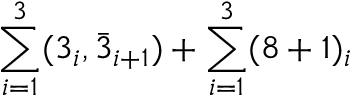
\sum _ { i = 1 } ^ { 3 } ( 3 _ { i } , \bar { 3 } _ { i + 1 } ) + \sum _ { i = 1 } ^ { 3 } ( 8 + 1 ) _ { i }